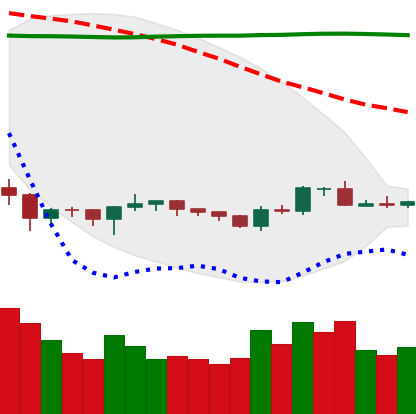
Ticker: BTC-USD
Chart end date: 2019-10-14
Forward return: -4.611%
Label: down_3_5